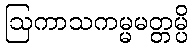
ဩကာသကမ္မမတ္တမ္ပိ